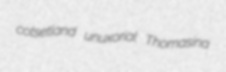
cotsetland unuxorial Thomasina